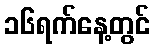
၁၆ရက်နေ့တွင်